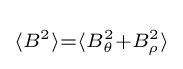
\scriptstyle \langle B^{2}\rangle =\langle B_{\theta }^{2}+B_{\rho }^{2}\rangle